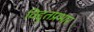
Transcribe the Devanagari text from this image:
विद्दुतप्रभार